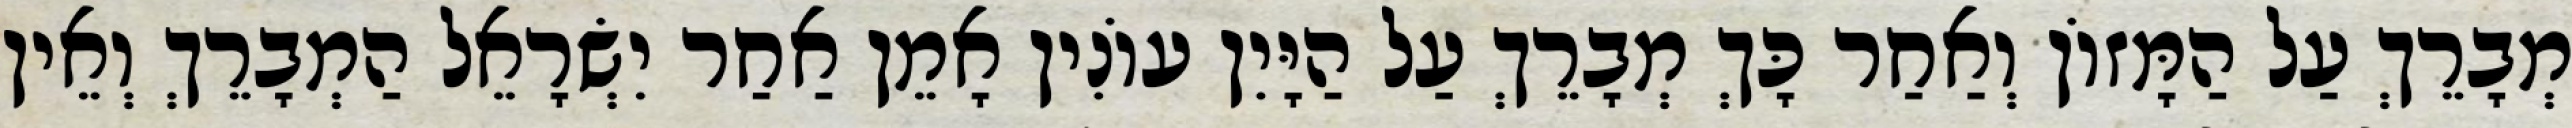
מְבָרֵךְ עַל הַמָּזוֹן וְאַחַר כָּךְ מְבָרֵךְ עַל הַיָּיִן עוֹנִין אָמֵן אַחַר יִשְׂרָאֵל הַמְבָרֵךְ וְאֵין